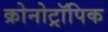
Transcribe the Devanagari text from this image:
क्रोनोट्रॉपिक